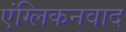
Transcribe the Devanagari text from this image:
एंग्लिकनवाद